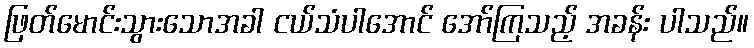
ဖြတ်မောင်းသွားသောအခါ ငယ်သံပါအောင် အော်ကြသည့် အခန်း ပါသည်။